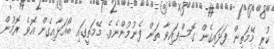
ކުރީ މޭމަތިން ފަޅައިގެން ގޮސްފައިވާ ތަން ފެނުމުންނެވެ. މޭމަތީގައި ބޯއަޅާއިގެން އޮވެ ރޮމުން